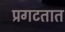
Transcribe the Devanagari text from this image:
प्रगटतात